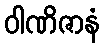
ဝါဏိဇာနံ